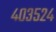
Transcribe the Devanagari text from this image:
४०३५२४